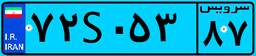
۷۲S۰۵۳۸۷